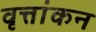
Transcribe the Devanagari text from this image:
वृत्तांकन